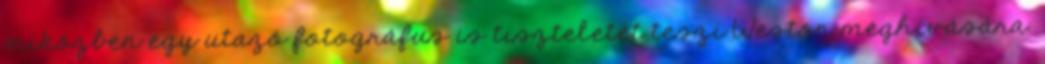
miközben egy utazó fotográfus is tiszteletét teszi Weston meghívására.